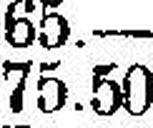
75.50